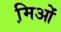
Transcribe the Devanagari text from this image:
मि़ओं